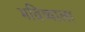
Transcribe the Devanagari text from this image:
भविष्याला